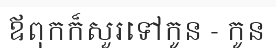
ឪពុកក៏សួរទៅកូន - កូន